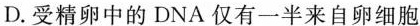
D.受精卵中的DNA仅有一半来自卵细胞